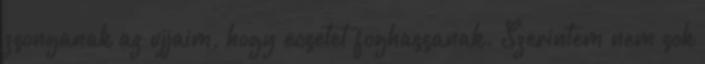
zsonganak az ujjaim, hogy ecsetet foghassanak. Szerintem nem sok